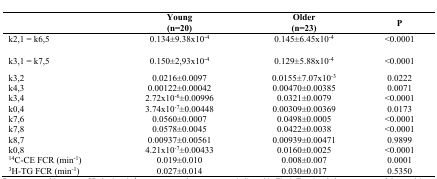
|  | Young(n=20) | Older(n=23) | P |
 | --- | --- | --- | --- |
 | k2,1 = k6,5 | 0.134±9.38x10-4 | 0.145±6.45x10-4 | <0.0001 |
 | k3,1 = k7,5 | 0.150±2,93x10-4 | 0.129±5.88x10-4 | <0.0001 |
 | k3,2 | 0.0216±0.0097 | 0.0155±7.07x10-3 | 0.0222 |
 | k4,3 | 0.00122±0.00042 | 0.00470±0.00385 | 0.0071 |
 | k3,4 | 2.72x10-6±0.00996 | 0.0321±0.0079 | <0.0001 |
 | k0,4 | 3.74x10-7±0.00448 | 0.00309±0.00369 | 0.0173 |
 | k7,6 | 0.0560±0.0007 | 0.0498±0.0005 | <0.0001 |
 | k7,8 | 0.0578±0.0045 | 0.0422±0.0038 | <0.0001 |
 | k8,7 | 0.00937±0.00561 | 0.00939±0.00471 | 0.9899 |
 | k0,8 | 4.21x10-7±0.00433 | 0.0160±0.0025 | <0.0001 |
 | 14C-CE FCR (min-1) | 0.019±0.010 | 0.008±0.007 | 0.0001 |
 | 3H-TG FCR (min-1) | 0.027±0.014 | 0.030±0.017 | 0.5350 |